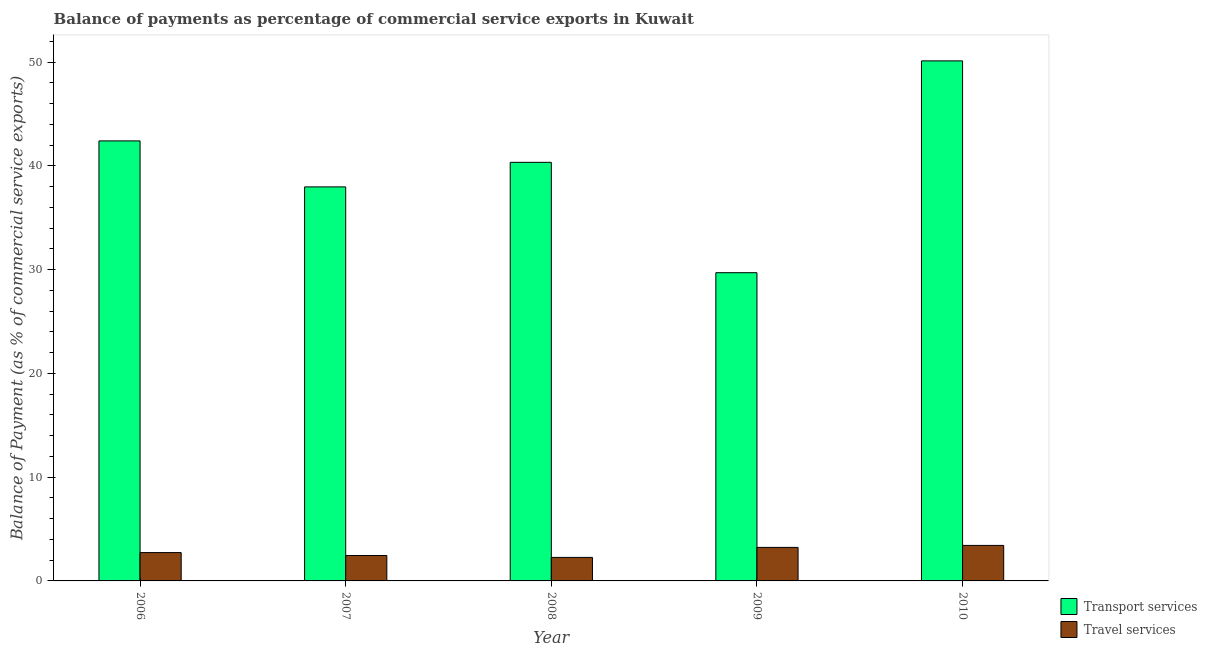
| Year | Transport services | Travel services |
 | --- | --- | --- |
 | 2006 | 42.4 | 2.73 |
 | 2007 | 38 | 2.45 |
 | 2008 | 40.3 | 2.27 |
 | 2009 | 29.7 | 3.23 |
 | 2010 | 50.1 | 3.42 |